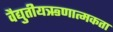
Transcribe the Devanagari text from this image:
वैद्युतीयऋणात्मकता